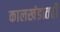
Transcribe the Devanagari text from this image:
कालखंडातही